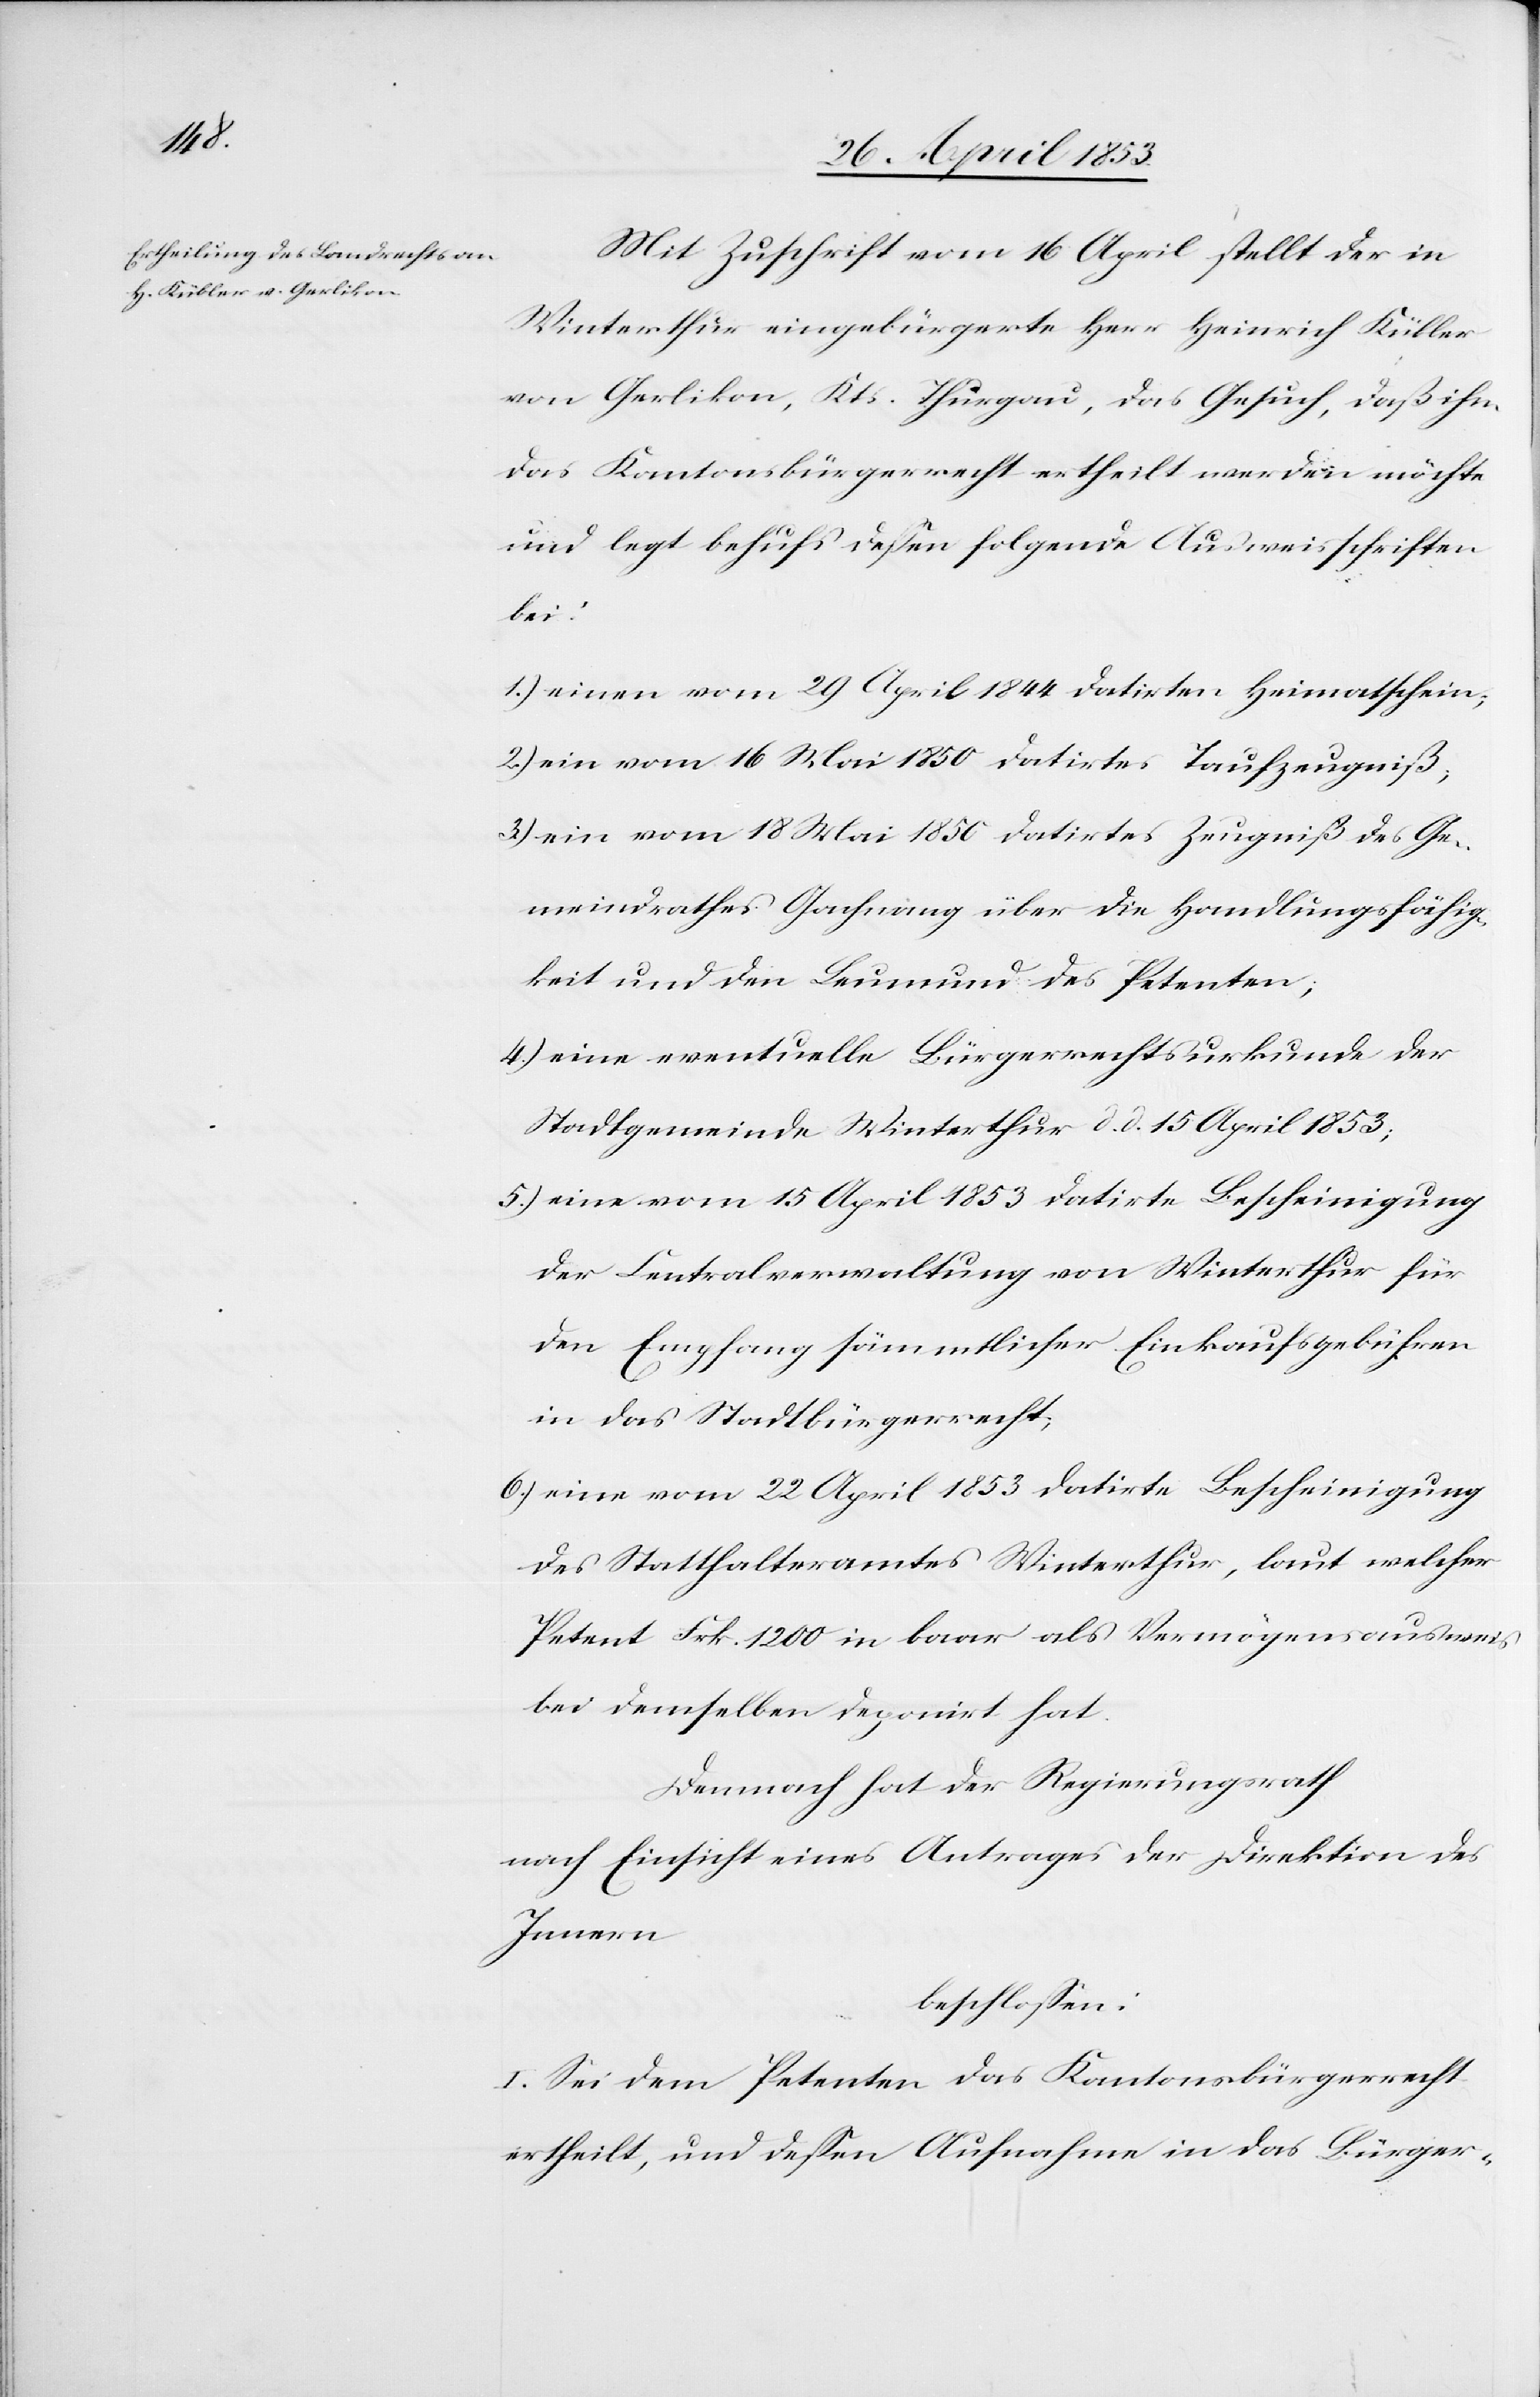
Mit Zuschrift vom 16 April stellt der in
Winterthur eingebürgerte Herr Heinrich Kübler
von Gerlikon, Kts. Thurgau, das Gesuch, daß ihm
das Kantonsbürgerrecht ertheilt werden möchte
und legt behufs deßen folgende Ausweisschriften
bei:
1.) einen vom 29 April 1844 datirten Heimatschein;
2.) ein vom 16 Mai 1850 datirtes Taufzeugniß,
3.) ein vom 18 Mai 1850 datirtes Zeugniß des Ge¬
meindrathes Gachnang über die Handlungsfähig¬
keit und den Leumund des Petenten;
4.) eine eventuelle Bürgerrechtsurkunde der
Stadtgemeinde Winterthur d. d. 15 April 1853;
5.) eine vom 15 April 1853 datirte Bescheinigung
der Centralverwaltung von Winterthur für
den Empfang sämmtlicher Einkaufsgebühren
in das Stadtbürgerrecht;
6.) eine vom 22 April 1853 datirte Bescheinigung
des Statthalteramtes Winterthur, laut welcher
Petent Frk. 1200 in baar als Vermögensausweis
bei demselben deponirt hat.
Demnach hat der Regierungsrath
nach Einsicht eines Antrages der Direktion des
Innern
beschloßen:
I. Sei dem Petenten das Kantonsbürgerrecht
ertheilt, und deßen Aufnahmen in das Bürger-